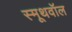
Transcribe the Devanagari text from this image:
स्मूथवॉल